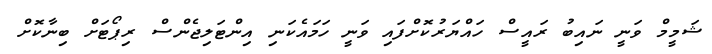
ޝަމީމް ވަނީ ނައިބު ރައީސް ހައްޔަރުކޮށްފައި ވަނީ ހަމައެކަނި އިންޓަލިޖެންސް ރިޕޯޓަށް ބިނާކޮށް